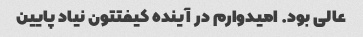
عالی بود. امیدوارم در آینده کیفتتون نیاد پایین